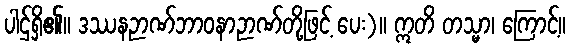
ပါဌ်ရှိ၏။ ဒဿနဉာဏ်ဘာဝနာဉာဏ်တို့ဖြင့် ပေး)။ ဣတိ တသ္မာ၊ ကြောင့်။